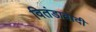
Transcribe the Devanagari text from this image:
वितंडावादी